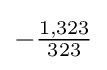
-{\tfrac {1,323}{323}}